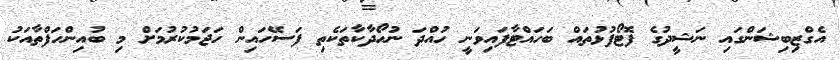
އެގްޒިބިޝަންގައި ނަޝީދުގެ ފޮޓޯފުޅުތައް ބަހައްޓާފައިވަނީ ހުއްދަ ނުހޯދާކާތަކެތި ފަސޭހައިން ހަޖަމުކުރުމަށް މި ބުއިންހަފްތާއަކު